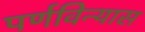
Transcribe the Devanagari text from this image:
पर्णविन्यास